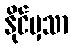
နိုင်မှသာ